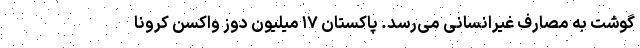
گوشت به مصارف غیرانسانی می‌رسد. پاکستان ۱۷ میلیون دوز واکسن کرونا